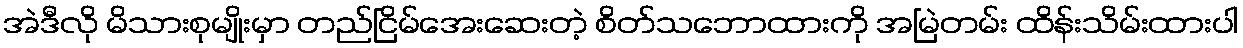
အဲဒီလို မိသားစုမျိုးမှာ တည်ငြိမ်အေးဆေးတဲ့ စိတ်သဘောထားကို အမြဲတမ်း ထိန်းသိမ်းထားပါ